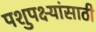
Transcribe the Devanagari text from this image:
पशुपक्ष्यांसाठी